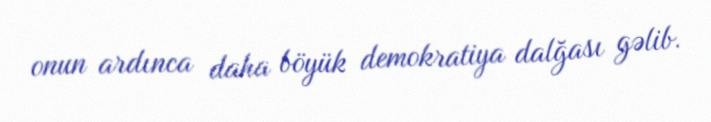
onun ardınca daha böyük demokratiya dalğası gəlib.